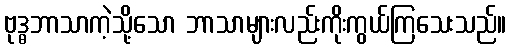
ဗုဒ္ဓဘာသာကဲ့သို့သော ဘာသာများလည်းကိုးကွယ်ကြသေးသည်။